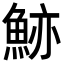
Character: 𩷉